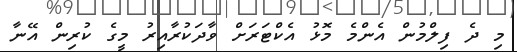
މި ދެ ފިލްމުން އެންމެ މޮޅު އެކްޓަރަށް ވާދަކުރާއިރު މީގެ ކުރިން އޭނާ